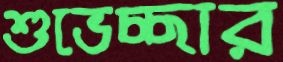
শুভেচ্ছার